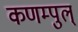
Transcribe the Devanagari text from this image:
कणम्पुल्